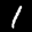
Label: 1